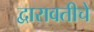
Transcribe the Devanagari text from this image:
द्वारावतीचे